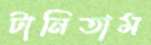
টানিতাম